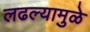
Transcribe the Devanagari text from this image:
लढल्यामुळे